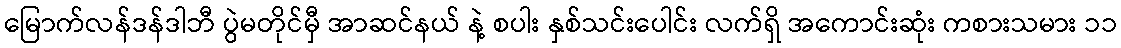
မြောက်လန်ဒန်ဒါဘီ ပွဲမတိုင်မှီ အာဆင်နယ် နဲ့ စပါး နှစ်သင်းပေါင်း လက်ရှိ အကောင်းဆုံး ကစားသမား ၁၁